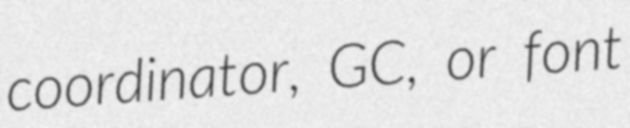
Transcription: coordinator, GC, or font